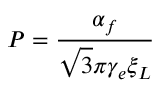
P = \frac { \alpha _ { f } } { \sqrt { 3 } \pi \gamma _ { e } \xi _ { L } }